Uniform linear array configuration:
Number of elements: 24
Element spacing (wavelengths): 0.75
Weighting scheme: uniform
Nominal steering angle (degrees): -30
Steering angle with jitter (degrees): -29.26
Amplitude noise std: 0.05
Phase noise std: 0.05

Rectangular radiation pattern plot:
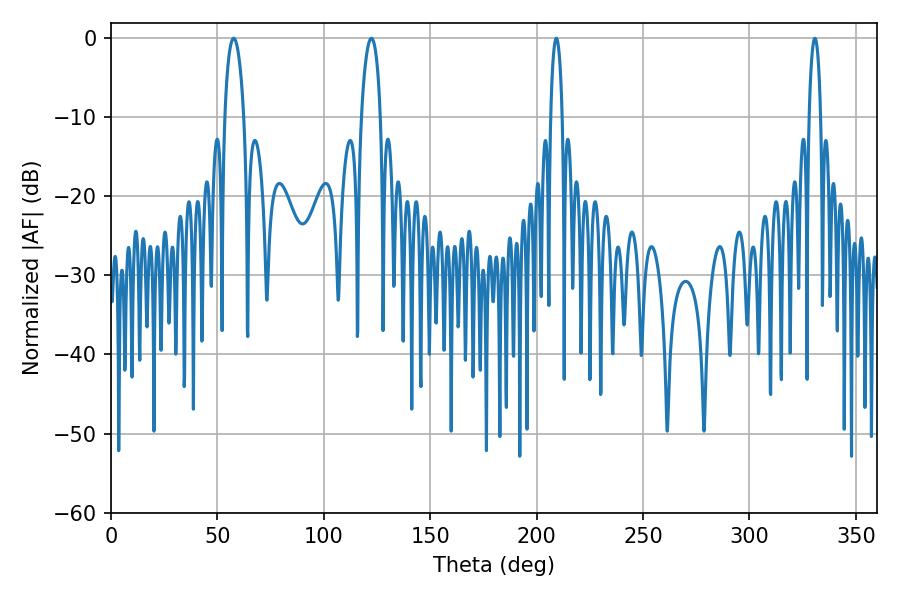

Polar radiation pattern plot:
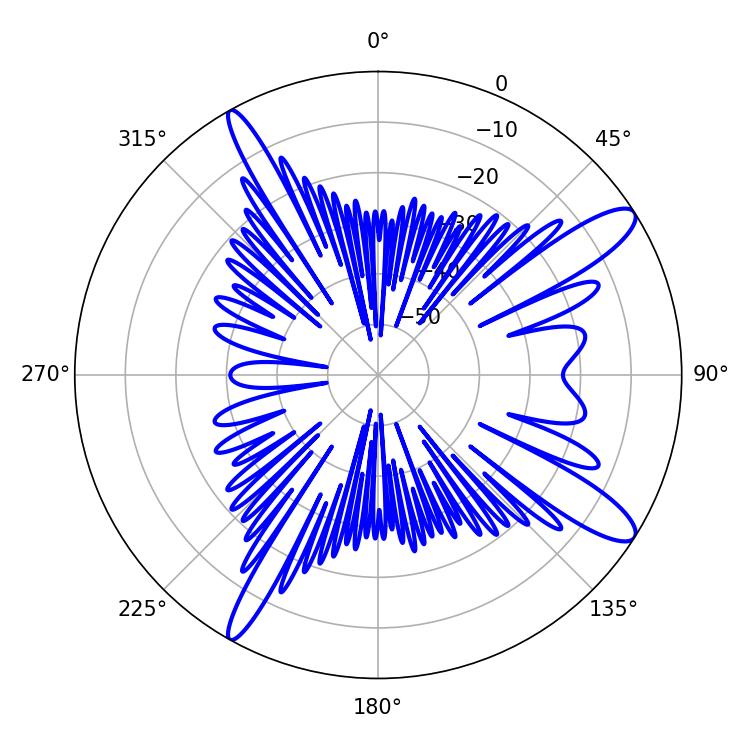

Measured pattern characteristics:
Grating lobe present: TRUE
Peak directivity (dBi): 12.454
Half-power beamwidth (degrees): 5.04
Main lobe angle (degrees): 57.6